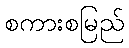
စကားစမြည်